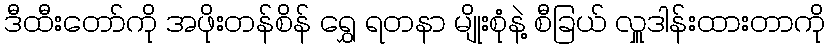
ဒီထီးတော်ကို အဖိုးတန်စိန် ရွှေ ရတနာ မျိုးစုံနဲ့ စီခြယ် လှူဒါန်းထားတာကို